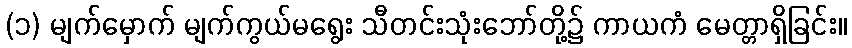
(၁) မျက်မှောက် မျက်ကွယ်မရွေး သီတင်းသုံးဘော်တို့၌ ကာယကံ မေတ္တာရှိခြင်း။